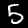
Digit: 5